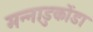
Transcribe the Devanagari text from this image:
मन्नाडुकोंडा